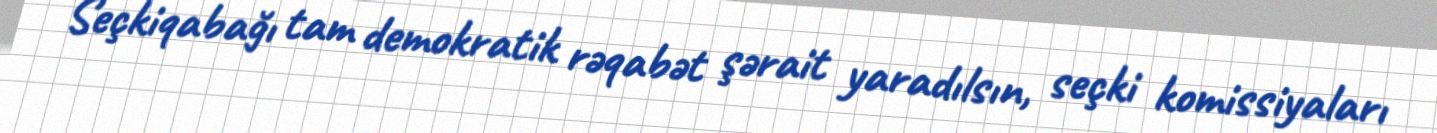
Seçkiqabağı tam demokratik rəqabət şərait yaradılsın, seçki komissiyaları